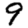
Digit: 9